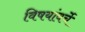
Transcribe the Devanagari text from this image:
विषयांवर्चे